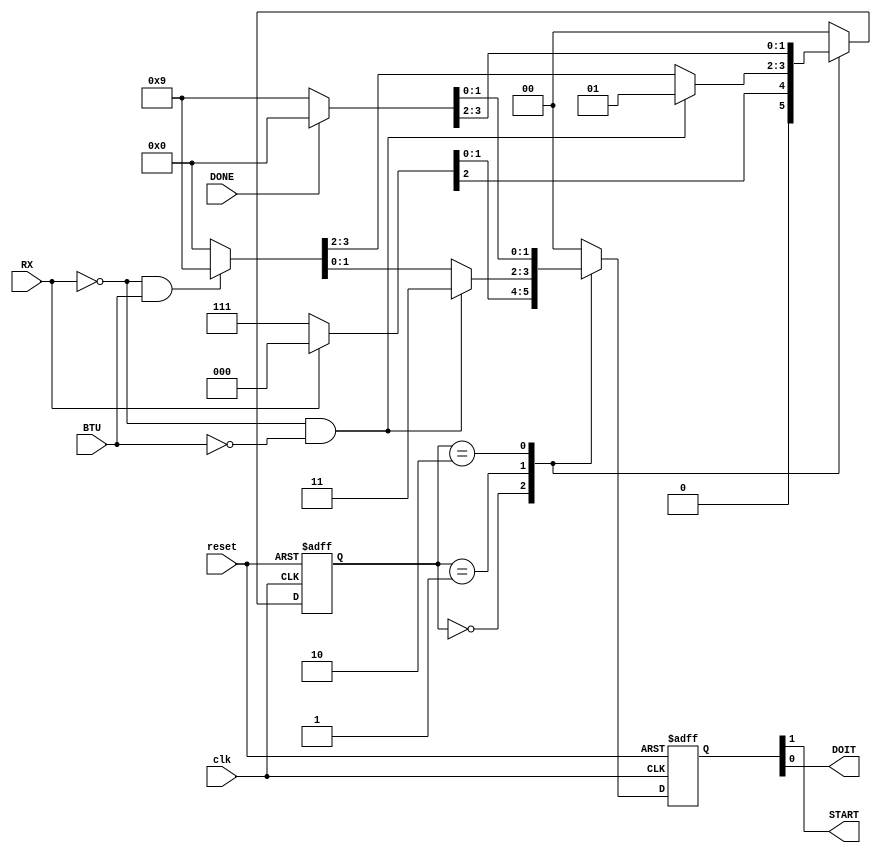
`timescale 1ns / 1ps
//****************************************************************//
//																						//
//  Created by Jacob Nguyen on 10/23/18.                          //
//  Copyright  2018 Jacob Nguyen. All rights reserved.           //
//																						//
//	 Abstract: The Rx State Machine for the Receive Engine is 		//
//				  responsible for ensuring that the Start bit is 		//
//				  able to be sampled by remaining active until the		//
//				  mid-bit time. When half the bit time has elapsed, 	//
//				  the receive engine will then continue to process 	//
//				  data at normal bit time until finished. Outputs 		//
//				  are START and DOIT: START indicates looking for the //
//				  first bit, and DOIT indicates that the engine			//
//				  is reading and processing data.							//
//																						//
//  In submitting this file for class work at CSULB               //
//  I am confirming that this is my work and the work             //
//  of no one else. In submitting this code I acknowledge that 	//
//  plagiarism in student project work is subject to dismissal 	//
//  from the class 																//
//****************************************************************//
module Rx_State_Machine(clk, reset, RX, BTU, DONE, START, DOIT);

	input clk, reset, RX, BTU, DONE;
	
	output START, DOIT;
	
	//***************************************
	// Declare state constants
	//**************************************
	parameter Idle = 2'b00,
				 Start = 2'b01,
				 Data_Collection = 2'b10;
				 
	//***************************************
	// Declare state registers and outputs
	//**************************************			 
	reg [1:0] p_s, n_s,
				 p_o, n_o;			
				 
	//******************************************
	// State Register Logic
	//******************************************
	always @(posedge clk, posedge reset) begin
		if (reset) {p_s, p_o} <= 4'b0; else
					  {p_s, p_o} <= {n_s, n_o};
	end
	
	//*******************************************
	// Next State and Output Logic
	//*******************************************
	always @* begin
		case(p_s)
			Idle: 
				begin
					// START = 0
					// DOIT	= 0
					
					if (RX) {n_s, n_o} = {Idle,  2'b00};
					else	  {n_s, n_o} = {Start, 2'b11};
				end
			Start:
				begin
					// START = 1
					// DOIT	= 1

					if (~RX & ~BTU) {n_s, n_o} = {Start, 2'b11}; else
					if (~RX & BTU)	 {n_s, n_o} = {Data_Collection, 2'b01}; else
										 {n_s, n_o} = {Idle, 2'b00};
				end
			Data_Collection:
				begin
					// START = 0
					// DOIT	= 1

					if (DONE) {n_s, n_o} = {Idle, 2'b00}; else
								 {n_s, n_o} = {Data_Collection, 2'b01};
				end
			default: {n_s, n_o} = 4'h0; 
		endcase
	end
	
	//***********************************
	// Assign statements for Outputs
	//***********************************
	assign {START, DOIT} = p_o;
	
endmodule